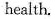
health.